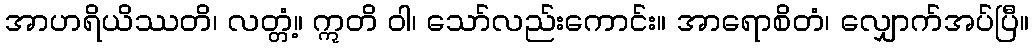
အာဟရိယိဿတိ၊ လတ္တံ့။ ဣတိ ဝါ၊ သော်လည်းကောင်း။ အာရောစိတံ၊ လျှောက်အပ်ပြီ။